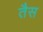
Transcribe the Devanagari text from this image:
तैस